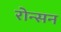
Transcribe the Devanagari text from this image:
रोन्सन